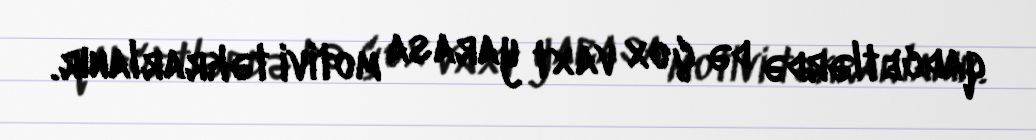
qadcetlərdə də çox vaxt yarasa motivi təkrarlanır.